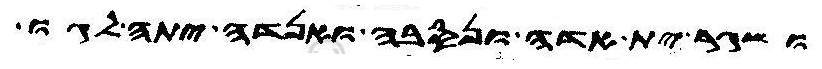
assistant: ושגר ית אדה ונסבה ואנדה יתה לגו